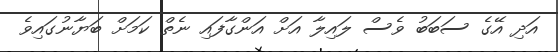
އަދި އޭގެ ސަބަބު ވެސް ލައިލާ އަށް އަންގާފައި ނެތް ކަމަށް ބަޔާނުގައިވެ